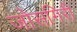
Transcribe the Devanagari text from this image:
जोसगिरी